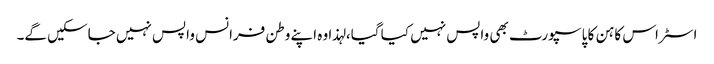
اسٹراس کاہن کا پاسپورٹ بھی واپس نہیں کیا گیا، لہذا وہ اپنے وطن فرانس واپس نہیں جاسکیں گے۔